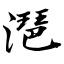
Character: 潖